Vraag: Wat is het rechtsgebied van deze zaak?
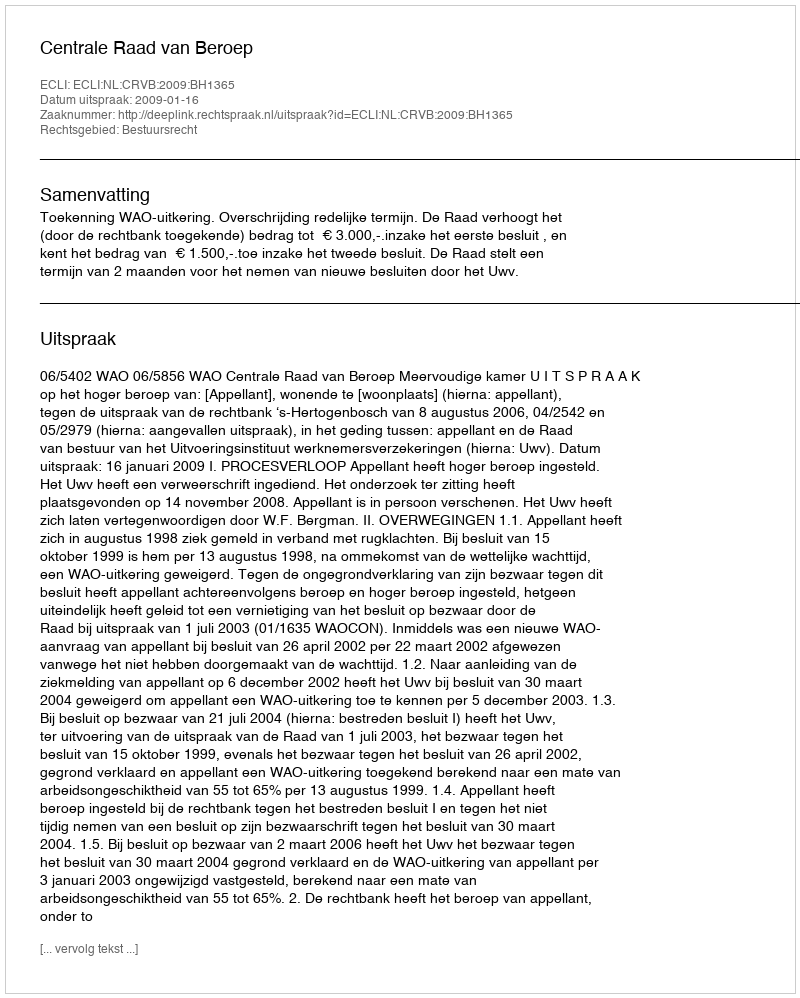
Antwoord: Bestuursrecht